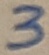
Text: 3